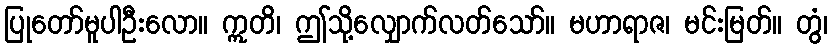
ပြုတော်မူပါဦးလော။ ဣတိ၊ ဤသို့လျှောက်လတ်သော်။ မဟာရာဇ၊ မင်းမြတ်။ တွံ၊